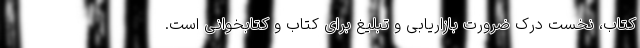
کتاب، نخست درک ضرورت بازاریابی و تبلیغ برای کتاب و کتابخوانی است.